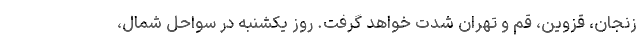
زنجان، قزوین، قم و تهران شدت خواهد گرفت. روز یکشنبه در سواحل شمال،